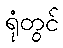
ရုံတွင်